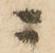
ニ